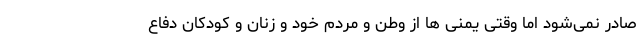
صادر نمی‌شود اما وقتی یمنی ها از وطن و مردم خود و زنان و کودکان دفاع